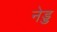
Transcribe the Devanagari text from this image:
नेड्ड